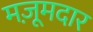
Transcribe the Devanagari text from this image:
मज़ूमदार